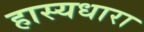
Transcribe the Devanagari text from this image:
हास्यधारा